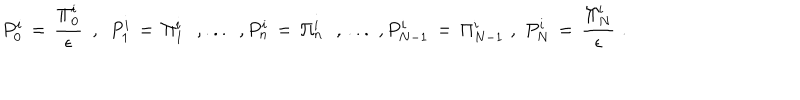
P _ { 0 } ^ { i } \, = \, { \frac { \Pi _ { 0 } ^ { i } } { \epsilon } } \, \, \, , \, \, \, P _ { 1 } ^ { i } \, = \, \Pi _ { 1 } ^ { i } \, \, \, \, , . . . \, \, \, , P _ { n } ^ { i } \, = \, \Pi _ { n } ^ { i } \, \, \, \, , \, . . . \, \, , P _ { N - 1 } ^ { i } \, = \, \Pi _ { N - 1 } ^ { i } \, \, , \, \, P _ { N } ^ { i } \, = \, { \frac { \Pi _ { N } ^ { i } } { \epsilon } } \, \, .